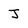
Character: j